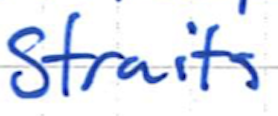
Text: Straits
Cross-out: clean
Writing tool: ballpoint